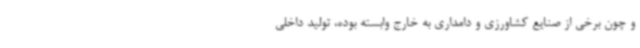
و چون برخی از صنایع کشاورزی و دامداری به خارج وابسته بوده، تولید داخلی